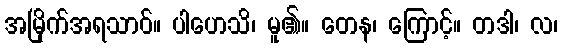
အမြိုက်အရသာဝ်။ ပါဟေသိ၊ မူ၏။ တေန၊ ကြောင့်။ တဒါ၊ လ၊